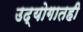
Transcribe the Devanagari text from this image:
उद्योगातही